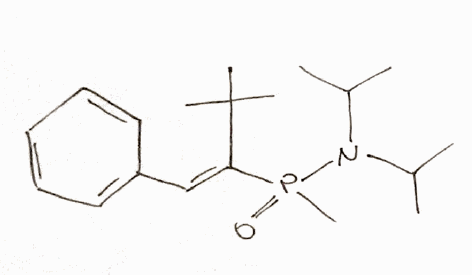
Simplified molecular-input line-entry system (SMILES) notation of the given molecule:
CC(C)N(C(C)C)P(=O)(C)/C(=C/C1=CC=CC=C1)/C(C)(C)C